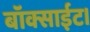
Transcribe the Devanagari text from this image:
बॉक्साईट।